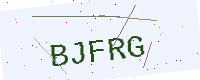
Text: BJFRG